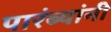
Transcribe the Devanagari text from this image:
पारंब्यांनी